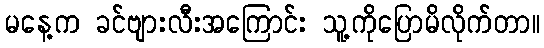
မနေ့က ခင်ဗျားလီးအကြောင်း သူ့ကိုပြောမိလိုက်တာ။